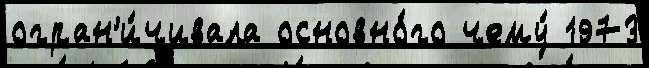
огран'и́чивала основно́го чему́ 1973